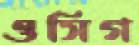
ওসিগ